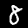
Digit: 8